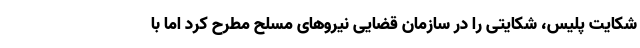
شکایت پلیس، شکایتی را در سازمان قضایی نیروهای مسلح مطرح کرد اما با